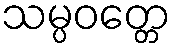
သမ္ပဝတ္တေ